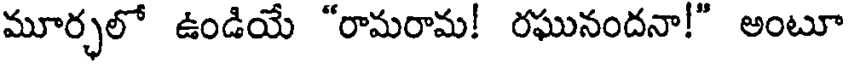
మూర్చలో ఉండియే "రామరామ! రఘునందనా!" అంటూ